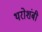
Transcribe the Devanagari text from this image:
थरोशंबी